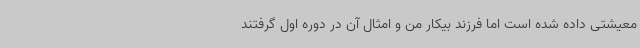
معیشتی داده شده است اما فرزند بیکار من و امثال آن در دوره اول گرفتند